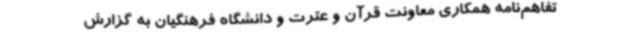
تفاهم‌نامه همکاری معاونت قرآن و عترت و دانشگاه فرهنگیان به گزارش